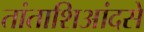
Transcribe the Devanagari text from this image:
तांताशिआंदसे